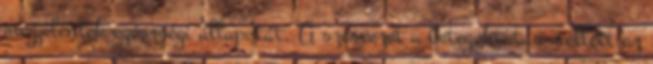
megjelentek egészségi állapotát. A szervezet a betegoktatás mellett az